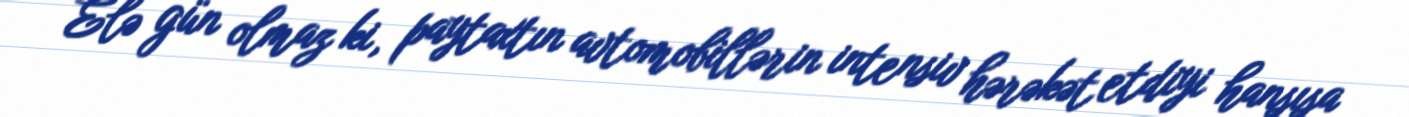
Elə gün olmaz ki, paytaxtın avtomobillərin intensiv hərəkət etdiyi hansısa